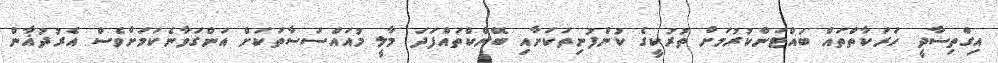
އިގްތިސާދީ ހަރަކާތްތައް ބައްޓަންކުރުމަށް ތުރުކީގެ ކުންފުނިތަކަށާއި ބޭންކްތައްފަދަ މާލީ މުއައްސަސާތަކަށް އަންގަވާނެކަމަށްވެސް އެރުދުޣާން